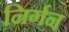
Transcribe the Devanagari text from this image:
निर्गन